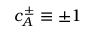
c _ { A } ^ { \pm } \equiv \pm 1